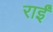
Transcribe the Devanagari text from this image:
राईं